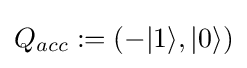
Q_{acc}:=(-|1\rangle ,|0\rangle )